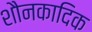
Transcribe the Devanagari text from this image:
शौनकादिक